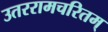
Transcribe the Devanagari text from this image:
उतररामचरितम्‌